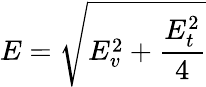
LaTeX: E=\sqrt{E_{v}^{2}+\frac{E_{t}^{2}}{4}}